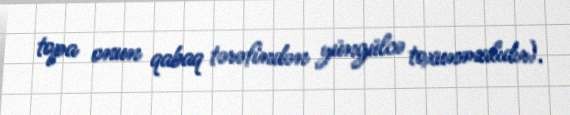
topa onun qabaq tərəfindən yüngülcə toxunmalıdır).